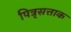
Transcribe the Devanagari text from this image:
पित्रृसत्ताक